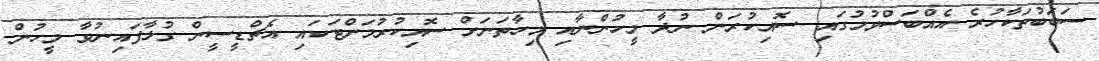
ސަބަބުތަކާހުރެ އެއްބަސްވުމުގައި ސޮއިކުރަން ނުދާ މީހުންނާއި މިހާތަނަށް ސޮއިކުރުމަށްޓަކައި އެޗްޑީސީން ގުޅާފައިނުވާ މީހުން